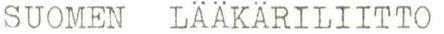
SUOMEN LÄÄKÄRILIITTO